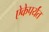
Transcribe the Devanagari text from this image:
ऐकेपर्यंत